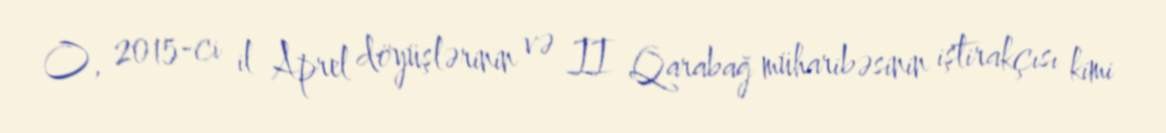
O, 2015-ci il Aprel döyüşlərinin və II Qarabağ müharibəsinin iştirakçısı kimi